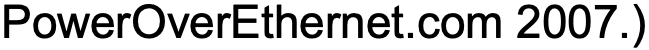
PowerOverEthernet.com 2007.)